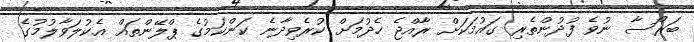
ބަރޯސާ ނުވެ ފުދުންތެރި ގައުމަކަށް ރާއްޖެ ހެދުމަށް ކުރެވިދާނެ ކަންކަމުގެ ޕްލޭންތައް އެކުލަވާލުމުގެ